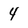
Character: 4